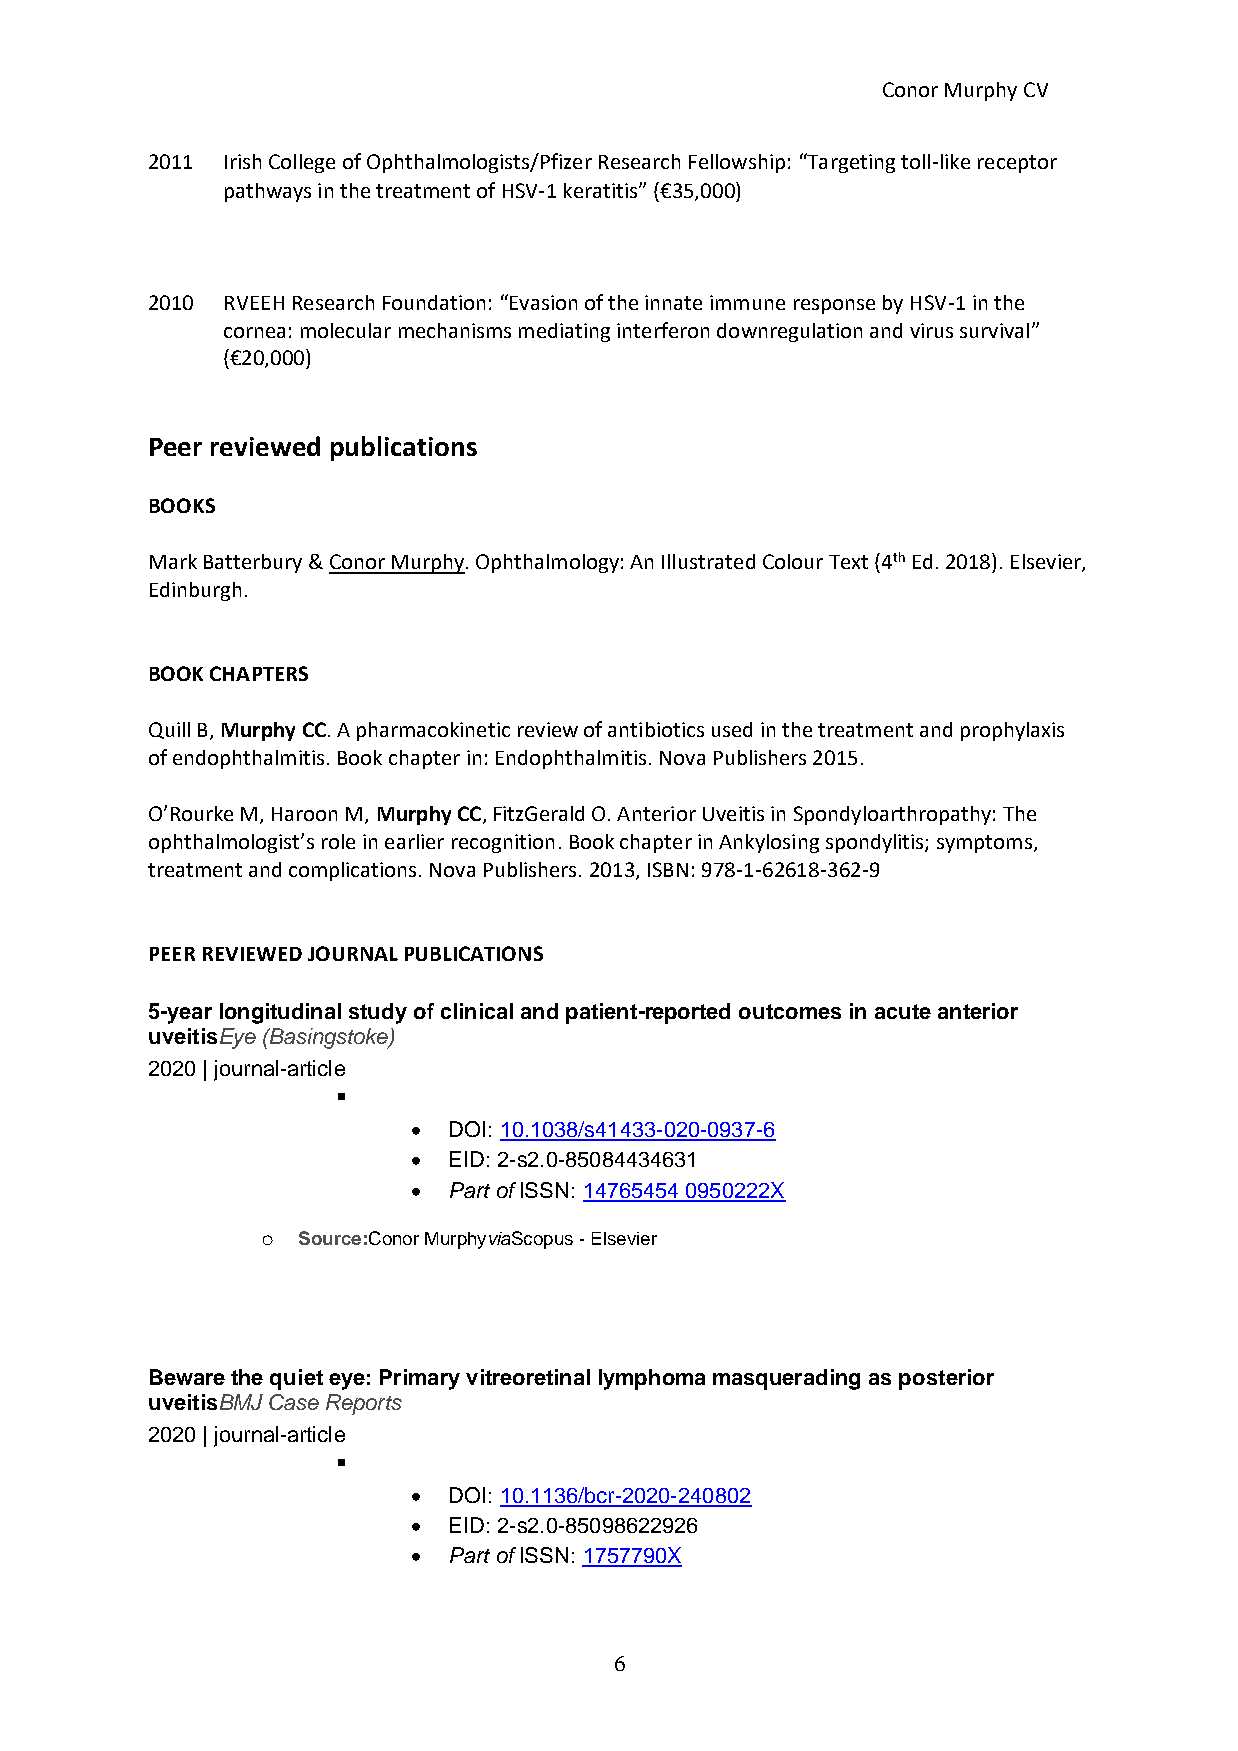
Conor Murphy CV
 2011 Irish College of Ophthalmologists/Pfizer Research Fellowship: “Targeting toll-like receptor
 pathways in the treatment of HSV-1 keratitis” (€35,000)
 2010 RVEEH Research Foundation: “Evasion of the innate immune response by HSV-1 in the
 cornea: molecular mechanisms mediating interferon downregulation and virus survival”
 (€20,000)
 Peer reviewed publications
 BOOKS
 Mark Batterbury & Conor Murphy. Ophthalmology: An Illustrated Colour Text (4th Ed. 2018). Elsevier,
 Edinburgh.
 BOOK CHAPTERS
 Quill B, Murphy CC. A pharmacokinetic review of antibiotics used in the treatment and prophylaxis
 of endophthalmitis. Book chapter in: Endophthalmitis. Nova Publishers 2015.
 O’Rourke M, Haroon M, Murphy CC, FitzGerald O. Anterior Uveitis in Spondyloarthropathy: The
 ophthalmologist’s role in earlier recognition. Book chapter in Ankylosing spondylitis; symptoms,
 treatment and complications. Nova Publishers. 2013, ISBN: 978-1-62618-362-9
 PEER REVIEWED JOURNAL PUBLICATIONS
 5-year longitudinal study of clinical and patient-reported outcomes in acute anterior
 uveitisEye (Basingstoke)
 2020 | journal-article
 ▪
 •  DOI: 10.1038/s41433-020-0937-6
 •  EID: 2-s2.0-85084434631
 •  Part of ISSN: 14765454 0950222X
 o  Source:Conor MurphyviaScopus - Elsevier
 Beware the quiet eye: Primary vitreoretinal lymphoma masquerading as posterior
 uveitisBMJ Case Reports
 2020 | journal-article
 ▪
 •  DOI: 10.1136/bcr-2020-240802
 •  EID: 2-s2.0-85098622926
 •  Part of ISSN: 1757790X
 6